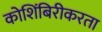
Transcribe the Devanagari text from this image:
कोशिंबिरीकरता